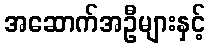
အဆောက်အဦများနှင့်